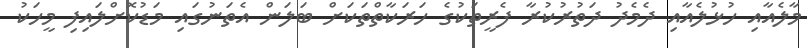
މާލެއާއި ހުޅުލެއާއި ދެމެދު ދަތުރުކުރާ ފެރީތަކުގެ ހަރަކާތްތަކަށް ބަލަން އެތަނުގައި މަޑުކޮށްލައިފި މީހަކު